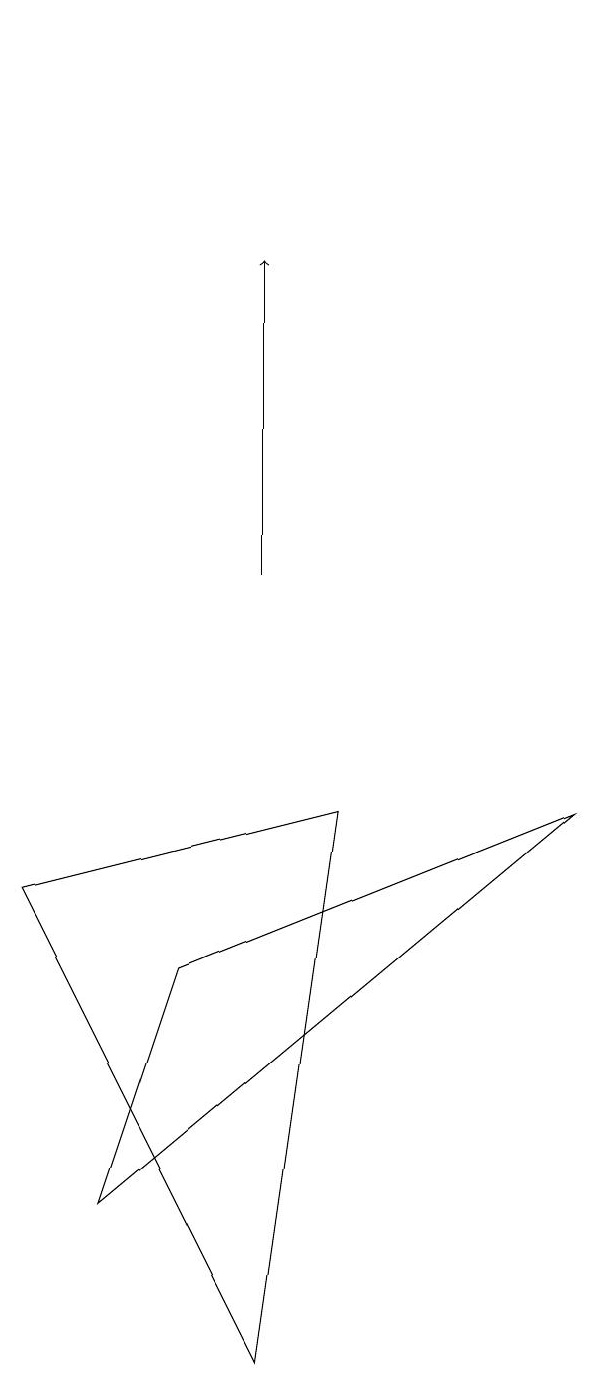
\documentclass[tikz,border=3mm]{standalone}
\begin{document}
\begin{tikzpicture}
\draw (1,4) -- (7,9) -- (2,7) -- cycle;
\draw (1,19) rectangle (1,19);
\draw[->] (3,12) -- (3,16);
\draw (4,9) -- (0,8) -- (3,2) -- cycle;
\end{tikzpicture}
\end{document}